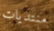
منتديات